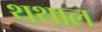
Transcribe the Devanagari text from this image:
थथाल